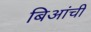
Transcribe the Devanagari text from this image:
बिआंची